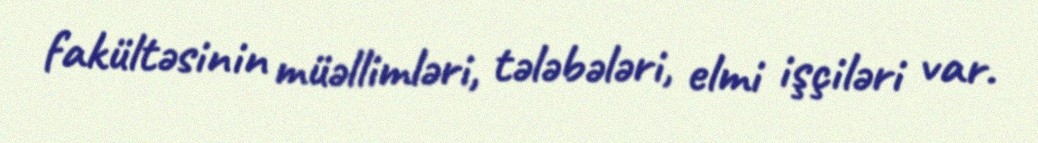
fakültəsinin müəllimləri, tələbələri, elmi işçiləri var.